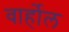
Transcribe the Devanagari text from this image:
वार्होल